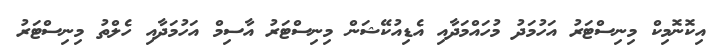
އިކޮނޮމިކް މިނިސްޓަރު އަހުމަދު މުހައްމަދާއި އެޑިއުކޭޝަން މިނިސްޓަރު އާސިމް އަހުމަދާއި ހެލްތު މިނިސްޓަރު